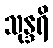
သုန္ဒရိ